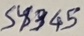
Text: S4345